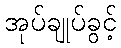
အုပ်ချုပ်ခွင့်